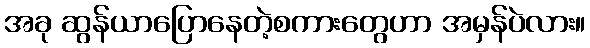
အခု ဆွန်ယာပြောနေတဲ့စကားတွေဟာ အမှန်ပဲလား။